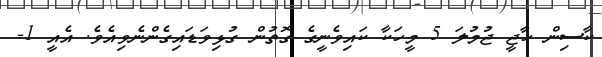
ކާސިން ހާޖީ ޖުމުލަ 5 މީހަކާ ކައިވެނީގެ ގޮތުން ގުޅިވަޑައިގެންނެވިއެވެ. އެއީ 1-